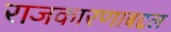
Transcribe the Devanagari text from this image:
राजकारणाबद्दल